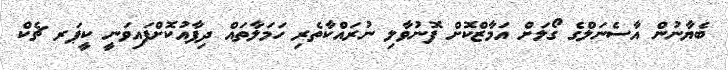
ބެޔާނުން އާސެނަލްގެ ގޯލަށް އަމާޒްކޮށް ފޮނުވާލި ނުރައްކާތެރި ހަމަލާތައް ދިފާއުކޮށްފައިވަނީ ކީޕަރ ޗެކް